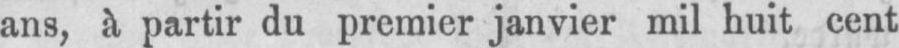
ans, à partir du premier janvier mil huit cent